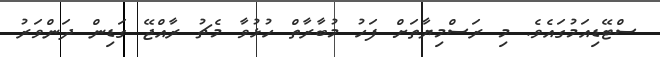
ސްޓޭޑިއަމުގައެވެ. މި ރަސްމިޔާތަށް ފަހު މުބާރާތް ހުޅުވާ މެޗު ރާއްޖޭ ގަޑިން ދަންވަރު